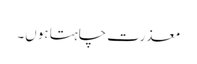
معذرت چاہتا ہوں۔